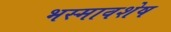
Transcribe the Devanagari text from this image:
भस्मावशेष